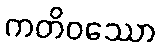
ကတိဝဿော